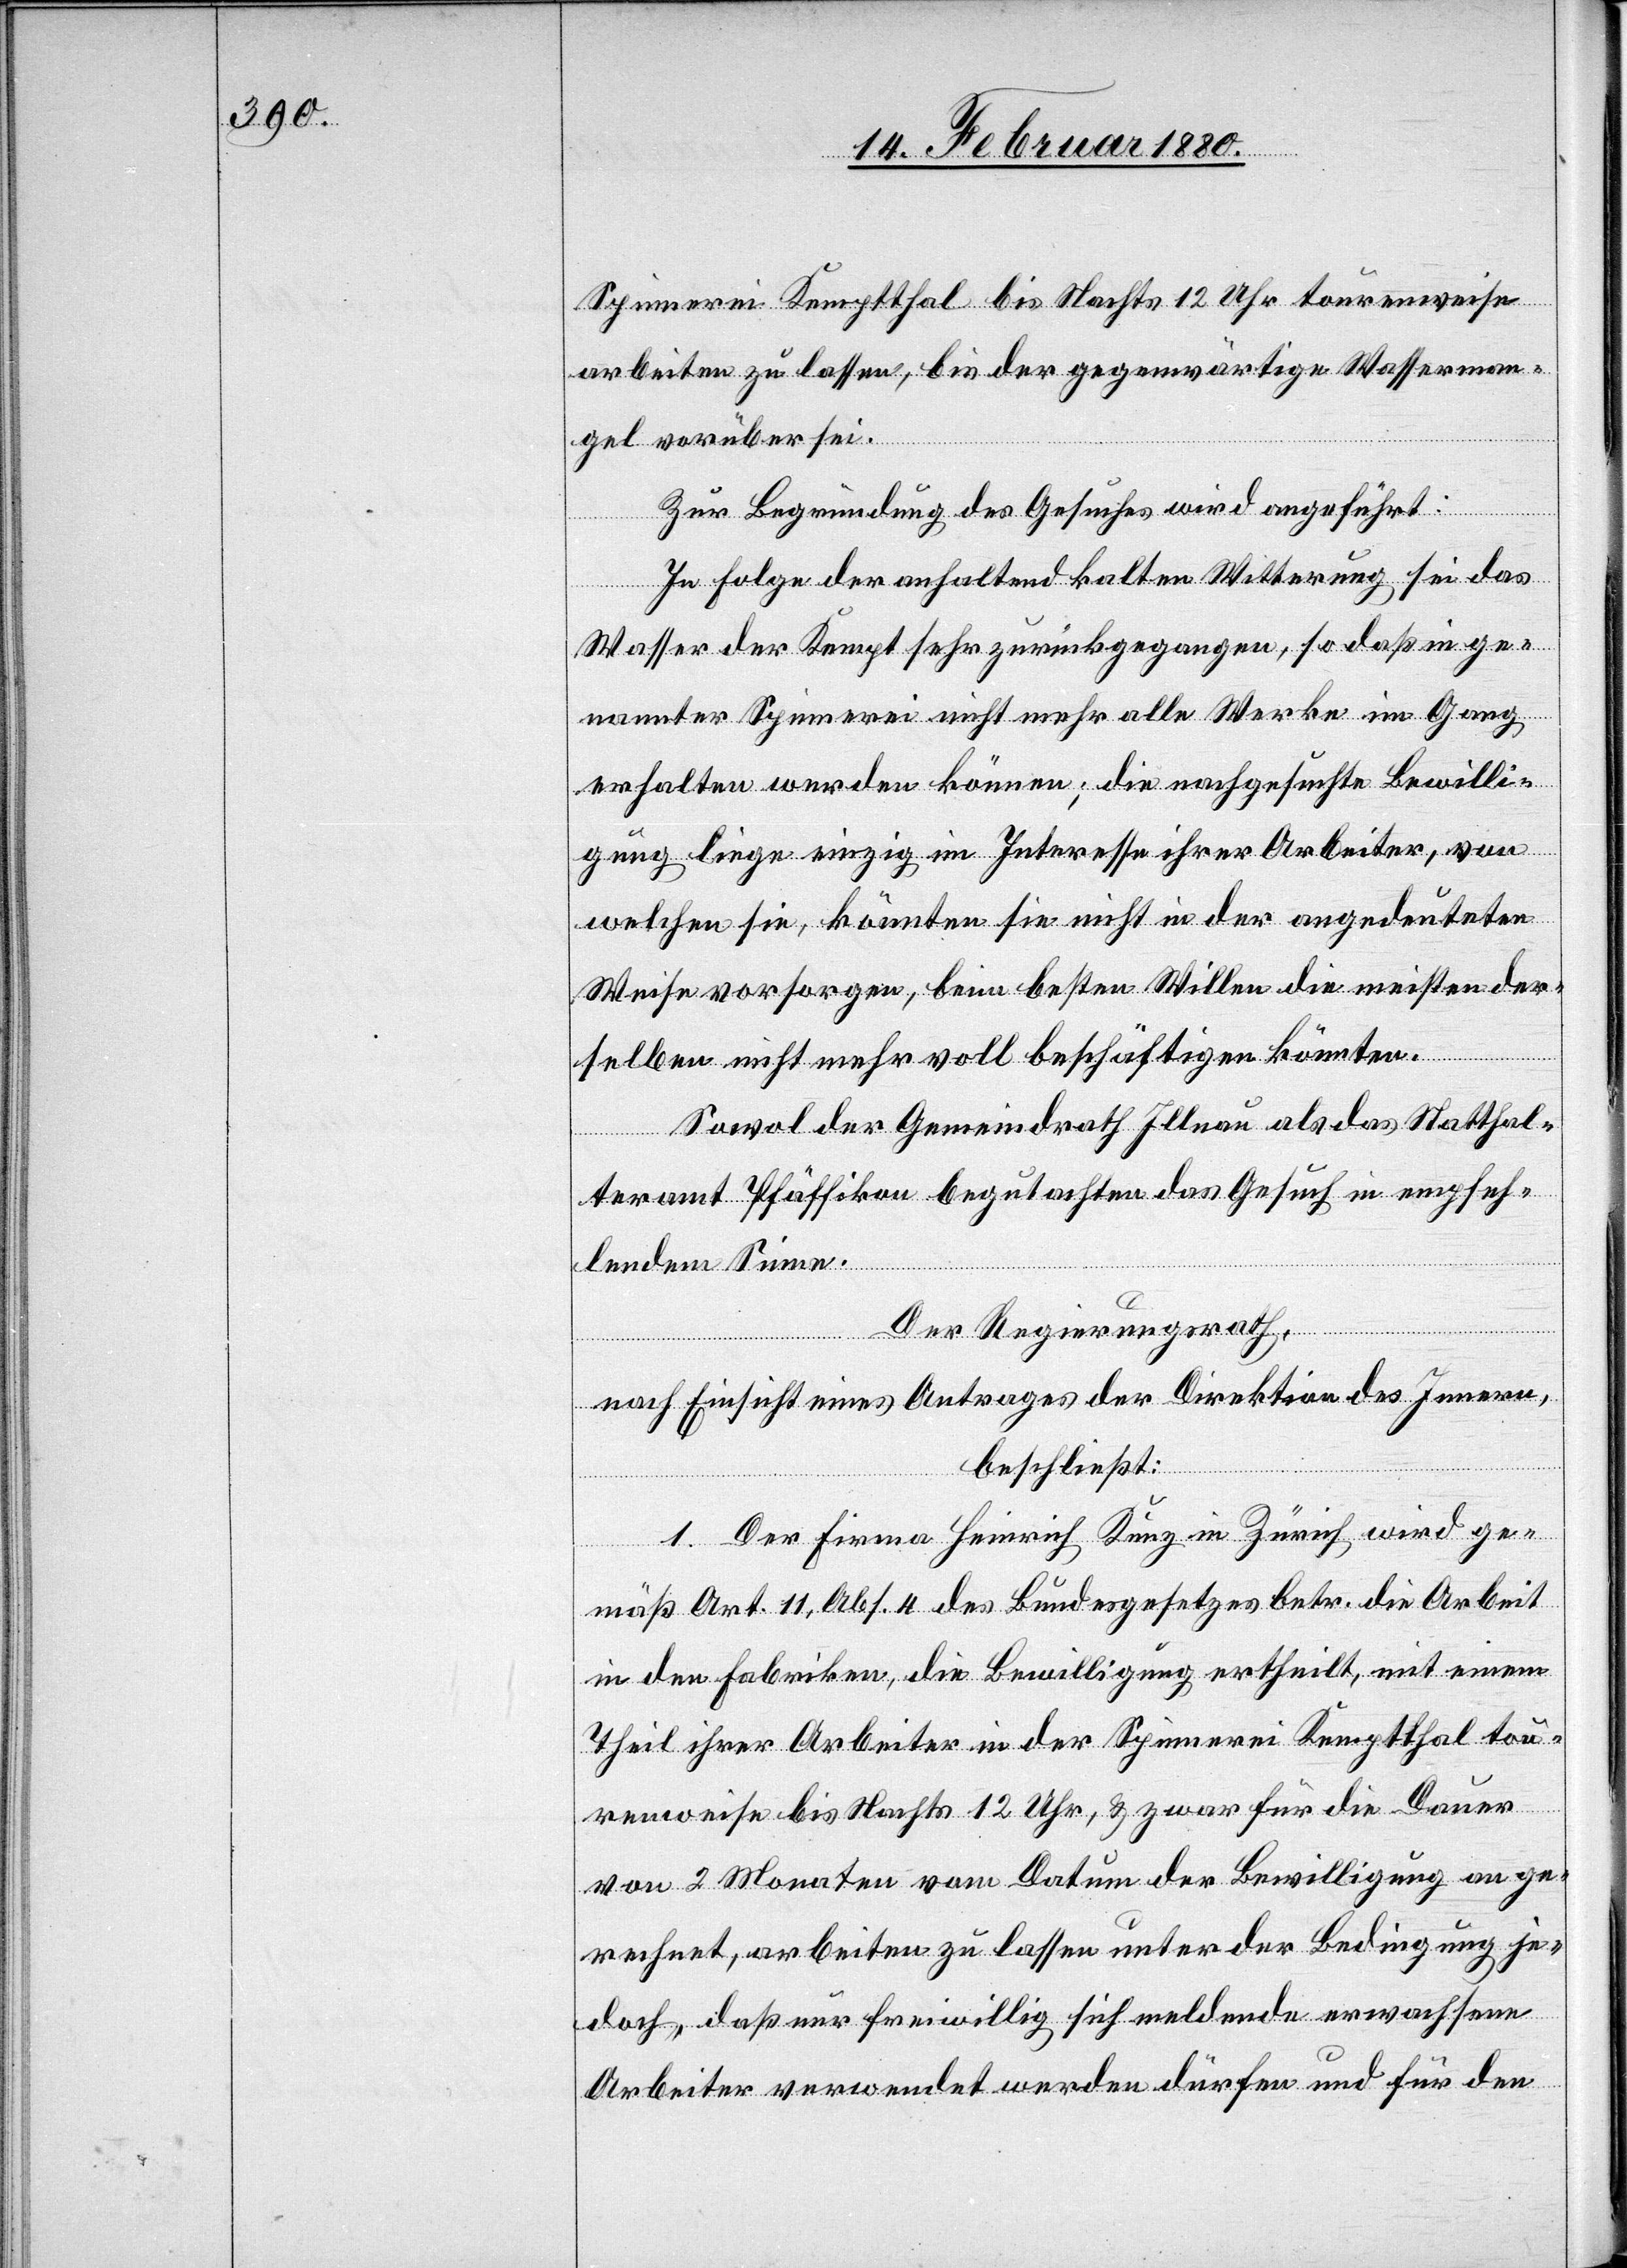
Spinnerei Kemptthal bis Nachts 12 Uhr tourenweise
arbeiten zu lassen, bis der gegenwärtige Wasserman¬
gel vorüber sei.
Zur Begründung des Gesuches wird angeführt:
In Folge der anhaltend kalten Witterung sei das
Wasser der Kempt sehr zurückgegangen, so daß in ge¬
nannter Spinnerei nicht mehr alle Werke im Gang
erhalten werden können; die nachgesuchte Bewilli¬
gung liege einzig im Interesse ihrer Arbeiter, von
welchen sie, könnten sie nicht in der angedeuteten
Weise vorsorgen, beim besten Willen die meisten der¬
selben nicht mehr voll beschäftigen könnten.
Sowol der Gemeindrath Illnau als das Statthal¬
teramt Pfäffikon begutachten das Gesuch in empfeh¬
lendem Sinne.
Der Regierungsrath,
nach Einsicht eines Antrages der Direktion des Innern,
beschließt:
1. Der Firma Heinrich Kunz in Zürich wird ge¬
mäß Art. 11, Abs. 4 des Bundesgesetzes betr. die Arbeit
in den Fabriken, die Bewilligung ertheilt, mit einem
Theil ihrer Arbeiter in der Spinnerei Kemptthal tou¬
renweise bis Nachts 12 Uhr, & zwar für die Dauer
von 2 Monaten vom Datum der Bewilligung an ge¬
rechnet, arbeiten zu lassen unter der Bedingung je¬
doch, daß nur freiwillig sich meldende erwachsene
Arbeiter verwendet werden dürfen und für den